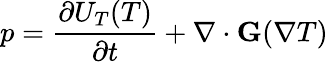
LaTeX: p=\frac{\partial U_{T}(T)}{\partial t}+\nabla\cdot\textbf{G}(\nabla T)